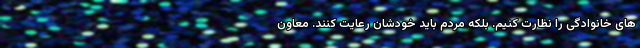
های خانوادگی را نظارت کنیم. بلکه مردم باید خودشان رعایت کنند. معاون